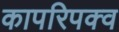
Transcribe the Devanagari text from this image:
कापरिपक्व